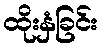
ထိုးနှံခြင်း